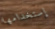
إستخدامها